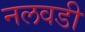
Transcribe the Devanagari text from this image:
नलवडी